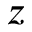
z